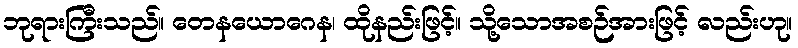
ဘုရားကြီးသည်။ တေနယောဂေန၊ ထိုနည်းဖြင့်။ သို့သောအစဉ်အားဖြင့် လည်းဟု။